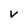
Character: v